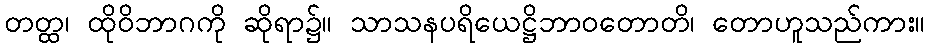
တတ္ထ၊ ထိုဝိဘာဂကို ဆိုရာ၌။ သာသနပရိယေဋ္ဌိဘာဝတောတိ၊ တောဟူသည်ကား။